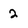
Character: 2